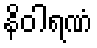
နိဝါရဏံ